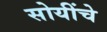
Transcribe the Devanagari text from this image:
सोयींचे